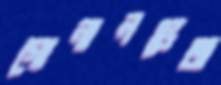
গোনালভেজ